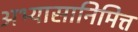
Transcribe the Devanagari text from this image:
अभ्यासानिमित्त